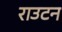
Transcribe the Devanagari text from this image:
राउटन